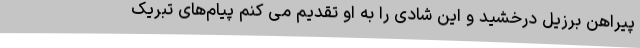
پیراهن برزیل درخشید و این شادی را به او تقدیم می کنم پیام‌های تبریک